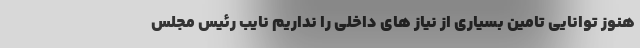
هنوز توانایی تامین بسیاری از نیاز های داخلی را نداریم نایب رئیس مجلس